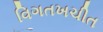
વિગતખચીત